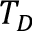
T _ { D }